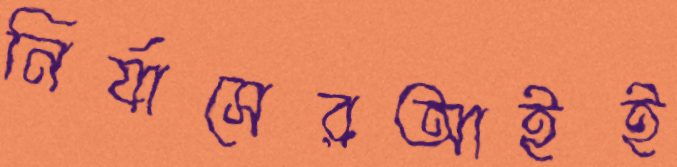
নির্যাসেরআইই